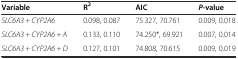
<table><thead><tr><td><b>Variable</b></td><td><b>R<sup>2</sup></b></td><td><b>AIC</b></td><td><b><i>P</i>-value</b></td></tr></thead><tbody><tr><td><i>SLC6A3 + CYP2A6</i></td><td>0.098, 0.087</td><td>75.327, 70.761</td><td>0.009, 0.018</td></tr><tr><td><i>SLC6A3 + CYP2A6 + A</i></td><td>0.133, 0.110</td><td>74.250*, 69.921</td><td>0.007, 0.014</td></tr><tr><td><i>SLC6A3 + CYP2A6 + D</i></td><td>0.127, 0.101</td><td>74.808, 70.615</td><td>0.009, 0.019</td></tr></tbody></table>